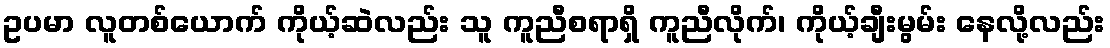
ဥပမာ လူတစ်ယောက် ကိုယ့်ဆဲလည်း သူ ကူညီစရာရှိ ကူညီလိုက်၊ ကိုယ့်ချီးမွမ်း နေလို့လည်း